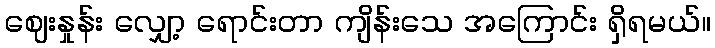
ဈေးနှုန်း လျှော့ ရောင်းတာ ကျိန်းသေ အကြောင်း ရှိရမယ်။